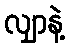
လျှာနဲ့